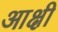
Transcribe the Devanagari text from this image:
आक्षी